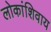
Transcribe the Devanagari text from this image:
लोकांशिवाय